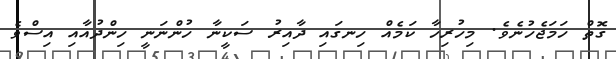
ގޮތް ހަމަޖެހުނެވެ. މިހުރިހާ ކަމެއް ހިނގައި ދާއިރު ސަކީނާ ހުންނަނީ ހިންދުއާއި އިސްވެ